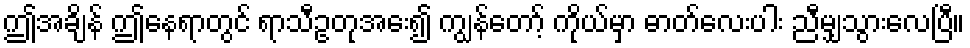
ဤအချိန် ဤနေရာတွင် ရာသီဥတုအေး၍ ကျွန်တော့် ကိုယ်မှာ ဓာတ်လေးပါး ညီမျှသွားလေပြီ။